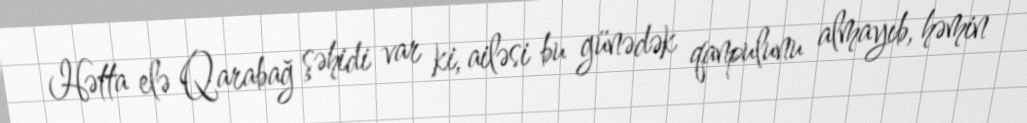
Hətta elə Qarabağ şəhidi var ki, ailəsi bu günədək qanpulunu almayıb, həmin